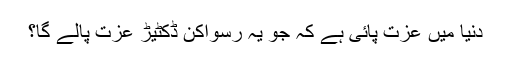
دنیا میں عزت پائی ہے کہ جو یہ رسواکن ڈکٹیڑ عزت پالے گا؟